Vaccination in Burma 1912-1922 - 1912-1922
Year: 1912
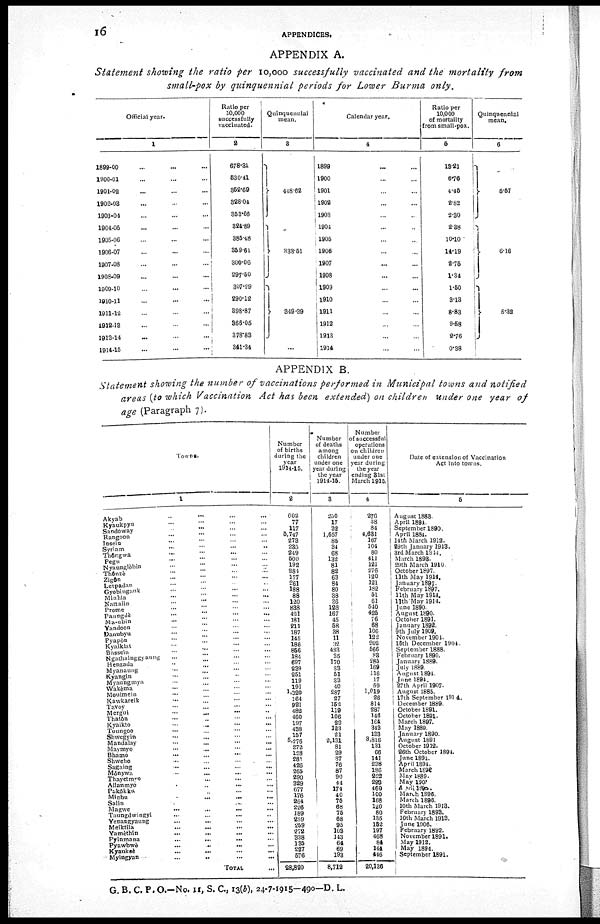
16
APPENDICES.
APPENDIX A.
Statement showing the ratio per 10,000 successfully vaccinated and the mortality
from
small-pox by quinquennial periods for Lower Burma
only.
Official year.
1
1899-00 ... ... ...
1900-01 ... ... ...
1901-02 ... ... ...
1902-03 ... ... ...
1903-04 ... ... ...
1904-05 ... ... ...
1905-06 ... ... ...
1906-07 ... ... ...
1907-08 ... ... ...
1908-09 ... ... ...
1909-10 ... ... ...
1910-11 ... ... ...
1911-12 ... ... ...
1912-13 ... ... ...
1913-14 ... ... ...
1914-15 ... ... ...
Ratio per
10,000
successfully
vaccinated.
2
678.31
530.41
852.69
328.04
353.66
324.89
385.48
359.61
300.06
297.50
307.29
290.12
398.87
366.05
378.83
341.34
Quinquennial
mean.
3
448.62
333.51
349.39
...
Calendar year.
4
1899 ... ...
1900 ... ...
1901 ... ...
1902 ... ...
1903 ... ...
1904 ... ...
1905 ... ...
1906 ... ...
1907 ... ...
1908 ... ...
1909 ... ...
1910 ... ...
1911 ... ...
1912 ... ...
1913 ... ...
1914 ... ...
Ratio per
10,000
of mortality
from small-pox.
5
18.21
6.76
4.45
2.82
2.30
2.38
10.10
14.19
2.75
1.34
1.50
3.13
8.83
9.58
2.76
0.38
Quinquennial
mean.
6
5.57
6.16
5.32
APPENDIX B.
Statement showing the number of vaccinations performed in Municipal towns and notified
areas (to which Vaccination Act has been extended) on children under one year of
age (Paragraph 7).
Towns.
1
Akyab
...
...
...
...
Kyaukpyu
...
...
...
...
Sandoway
...
...
...
...
Rangoon
...
...
...
...
Insein
...
...
...
...
Syriam
...
...
...
...
Tnôngwa
...
...
...
...
Pegu
...
...
...
...
Nyannglèbin ... ... ... ...
Thônzè
...
...
...
...
Zigôn
...
...
...
...
Letpadan ... ... ... ...
Gyobingauk ... ... ... ...
Minhla
...
...
...
...
Nattalin
...
...
...
...
Prome ... ... ... ...
Paungdè
...
...
...
...
Ma-ubin
...
...
...
...
Yandoon
...
...
...
...
Danubyu
...
...
...
...
Pyapôn ... ... ... ...
Kyaiklat ... ... ... ...
Bassein
...
...
...
...
Ngathainggyanng
...
...
...
...
Henzada
...
...
...
...
Myanaung ... ... ... ...
Kyangin
...
...
...
...
Myaungmya ... ... ... ...
Wakèma ... ... ... ...
Moulmein
...
...
...
...
Kawkareik
...
...
...
...
Tavoy
...
...
...
...
Mergui
...
...
...
...
Thatôn ... ... ... ...
Kyaikto
...
...
...
...
Toungoo
...
...
...
...
Shwegyin
...
...
...
...
Mandalay
...
...
...
...
Maymyo ... ... ... ...
Bhamo
...
...
...
...
Shwebo ... ... ... ...
Sagaing
...
...
...
...
Mônywa
...
...
...
...
Thayetnyo
...
...
...
...
Alianmyo
...
...
...
...
Pakôkku ... ... ... ...
Minbu
...
...
...
...
Salin ... ... ... ...
Magwe
...
...
...
...
Taungdwingyi
...
...
...
...
Yenangyaung
...
...
...
...
Meiktila
...
...
...
...
Yamèthin
...
...
...
...
Pyinmana
...
...
...
...
Pyawbwè
...
...
...
...
Kyauksè
...
...
...
...
Myingyan
...
...
...
...
TOTAL ...
Number
of births
during the
year
1914-15.
2
602
77
117
5,747
273
235
249
500
192
284
177
261
188
88
120
838
421
181
211
187
145
186
856
184
697
239
251
119
191
1,320
164
921
482
460
197
438
157
5,276
272
128
281
426
265
290
329
677
176
264
226
189
259
259
272
338
135
227
576
28,820
Number
of deaths
among
children
under one
year during
the year
1914-15.
3
250
17
32
1,657
85
34
68
132
81
82
63
84
80
38
36
128
167
45
58
38
11
32
483
35
170
33
51
33
40
287
27
152
119
106
23
123
21
2,131
81
29
87
76
87
90
44
174
40
75
68
75
68
95
103
143
64
69
193
8,712
Number
of successful
operations
on children
under one
year during
the year
ending 31st
March 1915.
4
276
38
84
4,631
167
104
80
411
121
276
120
121
182
51
61
540
425
76
68
106
122
202
566
83
285
169
116
17
59
1,019
26
814
287
146
164
343
133
3,816
131
66
141
238
186
222
293
460
100
168
120
80
135
152
197
468
84
144
446
20,136
Date of extension of Vaccination
Act into towns.
5
August 1883.
April 1894.
September 1890.
April 1884.
14th March 1912.
29th January 1913.
3rd March 1914.
March 1893.
29th March 1910
October 1897.
11th May 1914.
January 1897.
February 1897.
11th May 1914.
11th May 1914.
June 1890.
August 1890.
October 1891.
January 1892.
9th July 1909.
November 1904.
16th December 1904.
September 1888.
February 1890.
January 1889.
July 1889.
August 1894.
June 1894.
27th April 1907.
August 1885.
17th September 1914.
December 1889.
October 1891.
October 1891.
March 1897.
May 1889.
January 1890.
August 1891
October 1912.
26th October 1894.
June 1894.
April 1894.
March 1898.
May 1889.
May 1900.
April 1800.
March 1896.
March 1896.
10th March 1913.
February 1893.
10th March 1913.
June 1906.
February 1892.
November 1891.
May 1912.
May 1894.
September 1891.
G. B. C. P. O.—No. 11, S. C., 13(b), 24-7-1915—490—D. L.